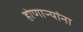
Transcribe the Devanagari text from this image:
होणाऱ्यांना